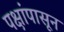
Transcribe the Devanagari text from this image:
पक्षांपासून